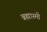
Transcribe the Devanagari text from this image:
ब्रह्मास्मी